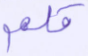
قلم